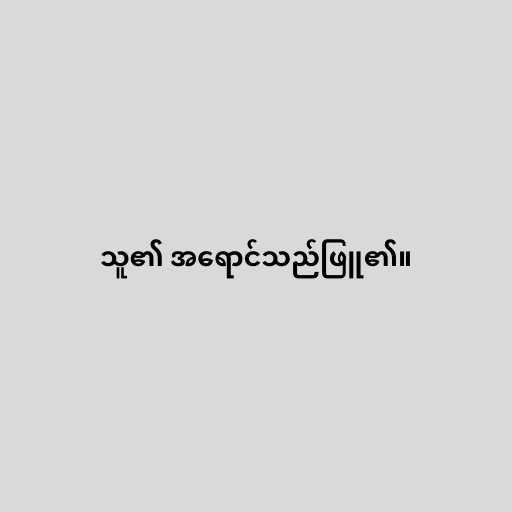
သူ၏ အရောင်သည်ဖြူ၏။